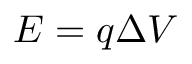
E = q \Delta V